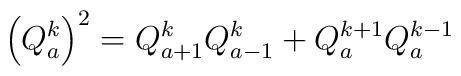
\left( Q_{a}^{k}\right) ^{2}=Q_{a+1}^{k}Q_{a-1}^{k}+Q_{a}^{k+1}Q_{a}^{k-1}